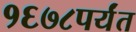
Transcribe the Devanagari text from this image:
१६७८पर्यंत